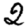
Digit: 2